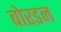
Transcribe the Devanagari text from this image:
बोरडन